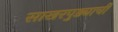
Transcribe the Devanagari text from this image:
साखरपुड्याची